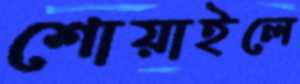
শোয়াইলে